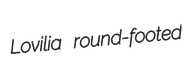
Lovilia round-footed